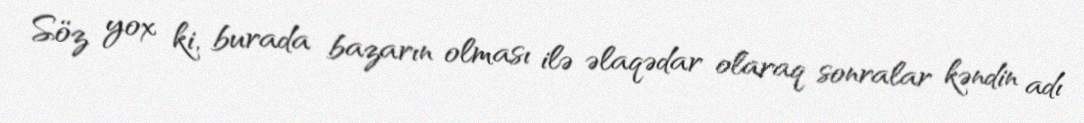
Söz yox ki, burada bazarın olması ilə əlaqədar olaraq sonralar kəndin adı